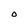
Character: o